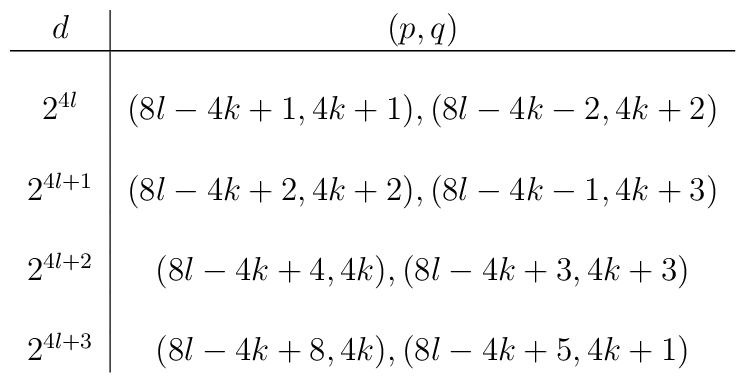
\begin{tabular}{c|c} $ d $  & $(p, q)$ \\\hline $\phantom{+}$&$\phantom{+}$\\  $2^{4l}$ & $(8l-4k+1,  4k+1), (8l-4k-2,  4k+2)$ \\ $\phantom{+}$&$\phantom{+}$\\  $2^{4l+1}$ & $(8l-4k+2,  4k+2),  (8l-4k-1,  4k+3)$ \\ $\phantom{+}$&$\phantom{+}$\\ $2^{4l+2}$  & $(8l-4k+4,  4k),  (8l-4k+3,  4k+3)$ \\ $\phantom{+}$&$\phantom{+}$\\$2^{4l+3}$ & $(8l-4k+8,  4k),  (8l-4k+5,  4k+1)$ \\  \end{tabular}